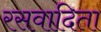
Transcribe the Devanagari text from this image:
रसवादिता